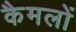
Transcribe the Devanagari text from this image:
कैमलों